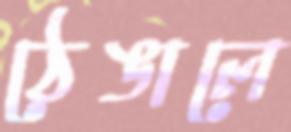
ঠেঙালে